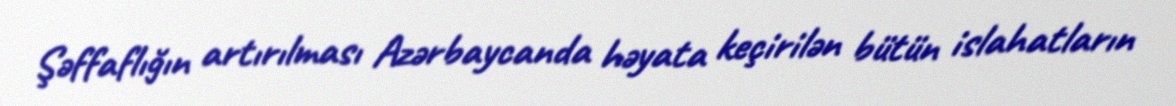
Şəffaflığın artırılması Azərbaycanda həyata keçirilən bütün islahatların